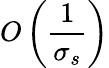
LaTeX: O\left(\frac{1}{\sigma_{s}}\right)